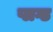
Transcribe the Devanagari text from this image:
प्लग्ड